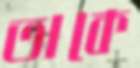
তাকে